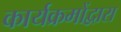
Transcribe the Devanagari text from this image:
कार्यक्रमोंद्वारा